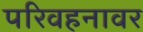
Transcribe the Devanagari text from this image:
परिवहनावर